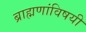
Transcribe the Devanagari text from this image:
ब्राह्मणांविषयी